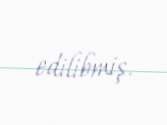
edilibmiş.